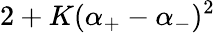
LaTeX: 2+K(\alpha_{+}-\alpha_{-})^{2}